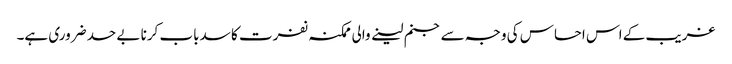
غریب کے اس احساس کی وجہ سے جنم لینے والی ممکنہ نفرت کا سدباب کرنا بے حد ضروری ہے۔